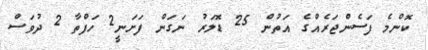
ކޮންމެ ފަސެންޖަރެއްގެ އަތުން 25 ޑޮލަރު ނަގަން ފަށަނީ2 ހަފްތާ 2 ދުވަސް